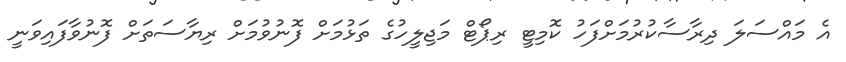
އެ މައްސަލަ ދިރާސާކުރުމަށްފަހު ކޮމިޓީ ރިޕޯޓް މަޖިލީހުގެ ތަޅުމަށް ފޮނުވުމަށް ރިޔާސަތަށް ފޮނުވާފައިވަނީ